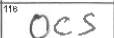
Transcription: OCS